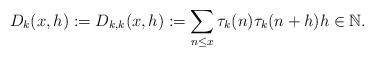
LaTeX: \begin{align*} D_k(x,h) := D_{k,k}(x, h) := \sum_{n \le x} \tau_k(n)\tau_{k}(n+h) h \in \mathbb{N}.\end{align*}